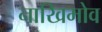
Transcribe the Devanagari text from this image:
नाखिमोव